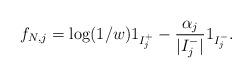
LaTeX: \begin{align*} f_{N,j} = \log(1/w) 1_{I^+_j} - \frac{\alpha_j}{|I_j^-|}1_{I_j^-}.\end{align*}